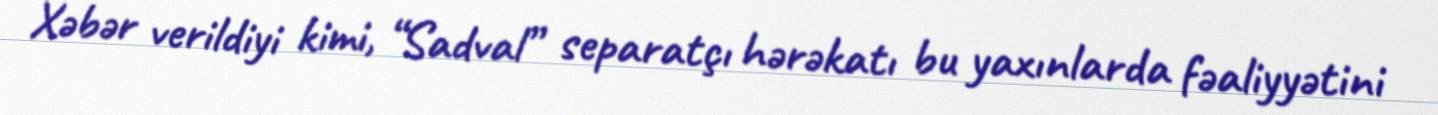
Xəbər verildiyi kimi, “Sadval” separatçı hərəkatı bu yaxınlarda fəaliyyətini